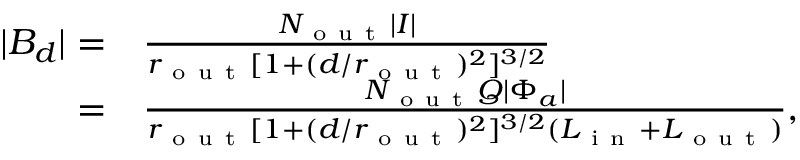
\begin{array} { r l } { | B _ { d } | = } & { { } \frac { N _ { \mathrm { ~ o ~ u ~ t ~ } } | I | } { r _ { \mathrm { ~ o ~ u ~ t ~ } } [ 1 + ( d / r _ { \mathrm { ~ o ~ u ~ t ~ } } ) ^ { 2 } ] ^ { 3 / 2 } } } \\ { = } & { { } \frac { N _ { \mathrm { ~ o ~ u ~ t ~ } } Q | \Phi _ { a } | } { r _ { \mathrm { ~ o ~ u ~ t ~ } } [ 1 + ( d / r _ { \mathrm { ~ o ~ u ~ t ~ } } ) ^ { 2 } ] ^ { 3 / 2 } ( L _ { \mathrm { ~ i ~ n ~ } } + L _ { \mathrm { ~ o ~ u ~ t ~ } } ) } , } \end{array}